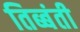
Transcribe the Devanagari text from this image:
तिब्बंती